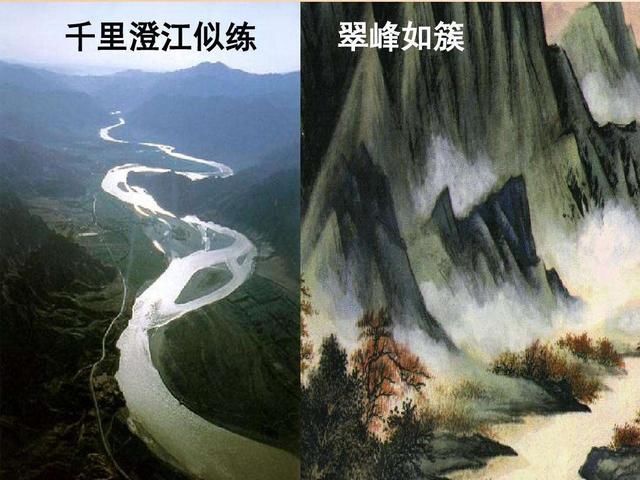
千里澄江似练，翠峰如簇。